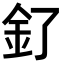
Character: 釕